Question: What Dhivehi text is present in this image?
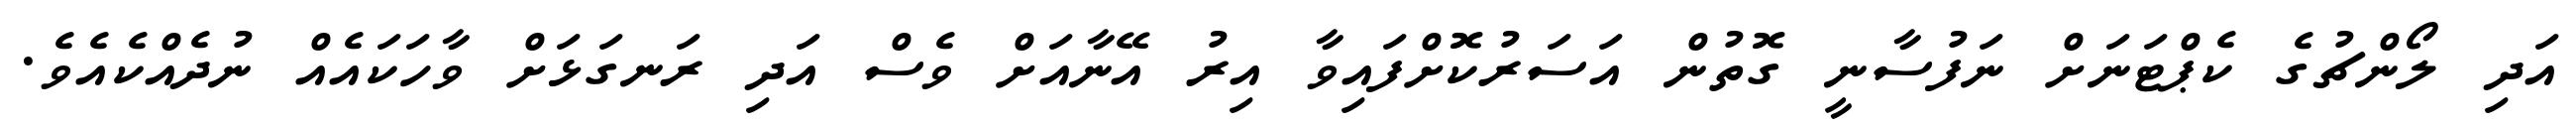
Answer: އަދި ލޯންޗުގެ ކެޕްޓަނަށް ނަފުސާނީ ގޮތުން އަސަރުކޮށްފައިވާ އިރު އޭނާއަށް ވެސް އަދި ރަނގަޅަށް ވާހަކައެއް ނުދެއްކެއެވެ.